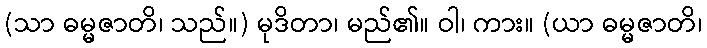
(သာ ဓမ္မဇာတိ၊ သည်။) မုဒိတာ၊ မည်၏။ ဝါ၊ ကား။ (ယာ ဓမ္မဇာတိ၊